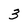
Character: 3